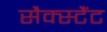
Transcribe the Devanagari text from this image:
सैक्स्टैंट